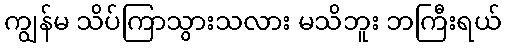
ကျွန်မ သိပ်ကြာသွားသလား မသိဘူး ဘကြီးရယ်